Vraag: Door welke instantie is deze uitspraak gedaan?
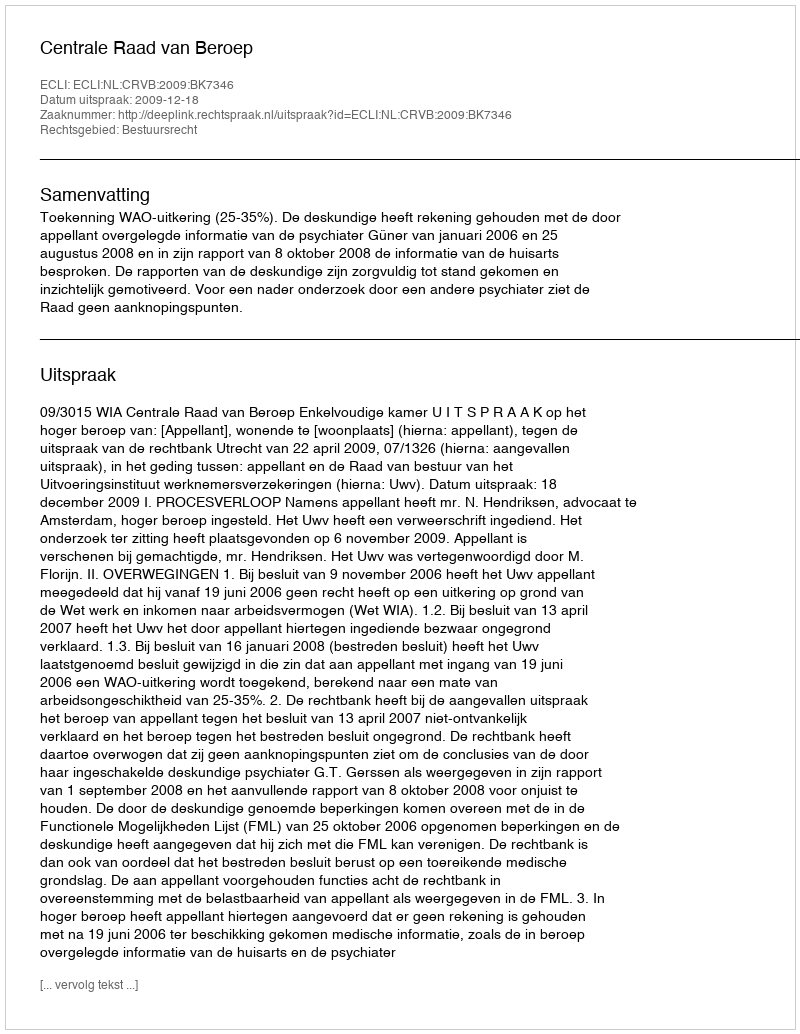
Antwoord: Centrale Raad van Beroep